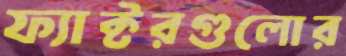
ফ্যাক্টরগুলোর